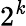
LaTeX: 2^{\mathit{k}}